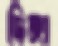
দিঙ্গা